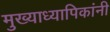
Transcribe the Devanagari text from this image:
मुख्याध्यापिकांनी